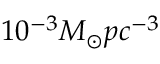
1 0 ^ { - 3 } M _ { \odot } p c ^ { - 3 }